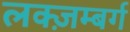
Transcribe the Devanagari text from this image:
लक्ज़म्बर्ग